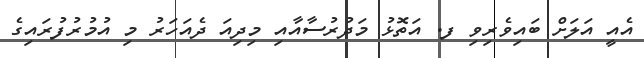
އެއީ އަލަށް ބައިވެރިވި ފ. އަތޮޅު މަދުރުސާއާއި މިދިއަ ދެއަހަރު މި އުމުރުފުރައިގެ